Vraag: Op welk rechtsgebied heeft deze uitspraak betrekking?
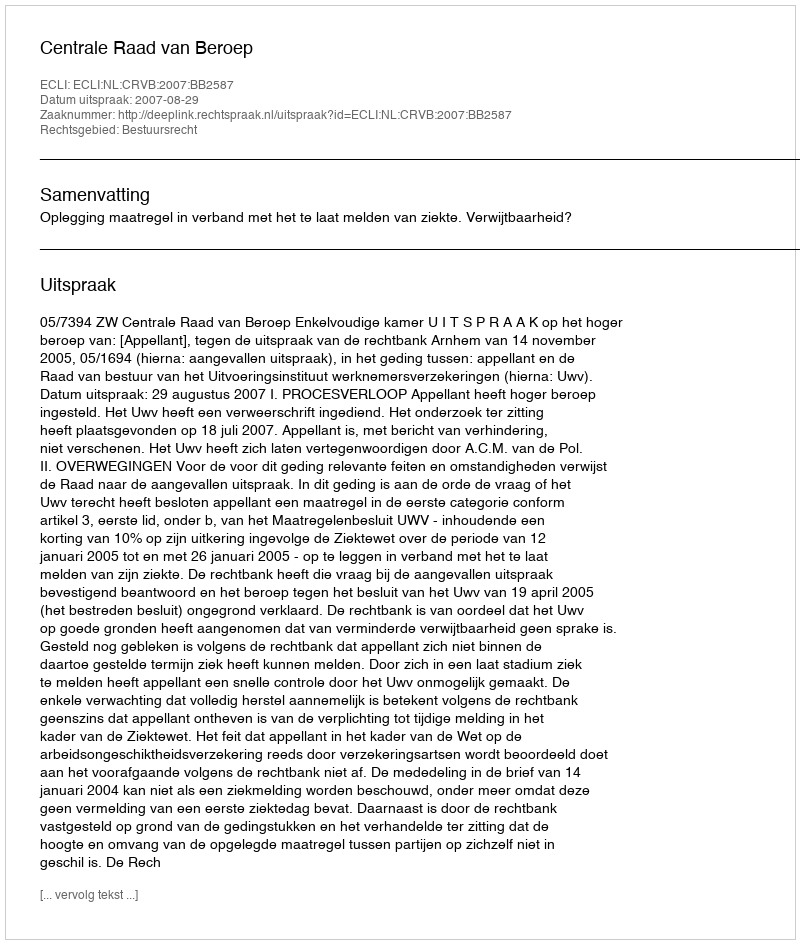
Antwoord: Bestuursrecht